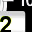
Digit: 2